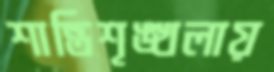
শান্তিশৃঙ্খলায়